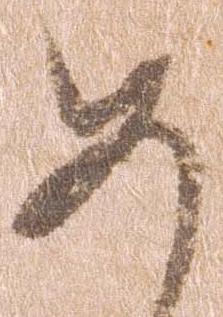
め